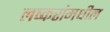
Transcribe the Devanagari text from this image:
लष्करांमधील